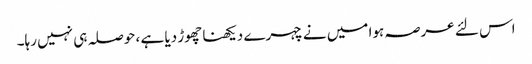
اس لئے عرصہ ہوا میں نے چہرے دیکھنا چھوڑ دیا ہے ، حوصلہ ہی نہیں رہا۔